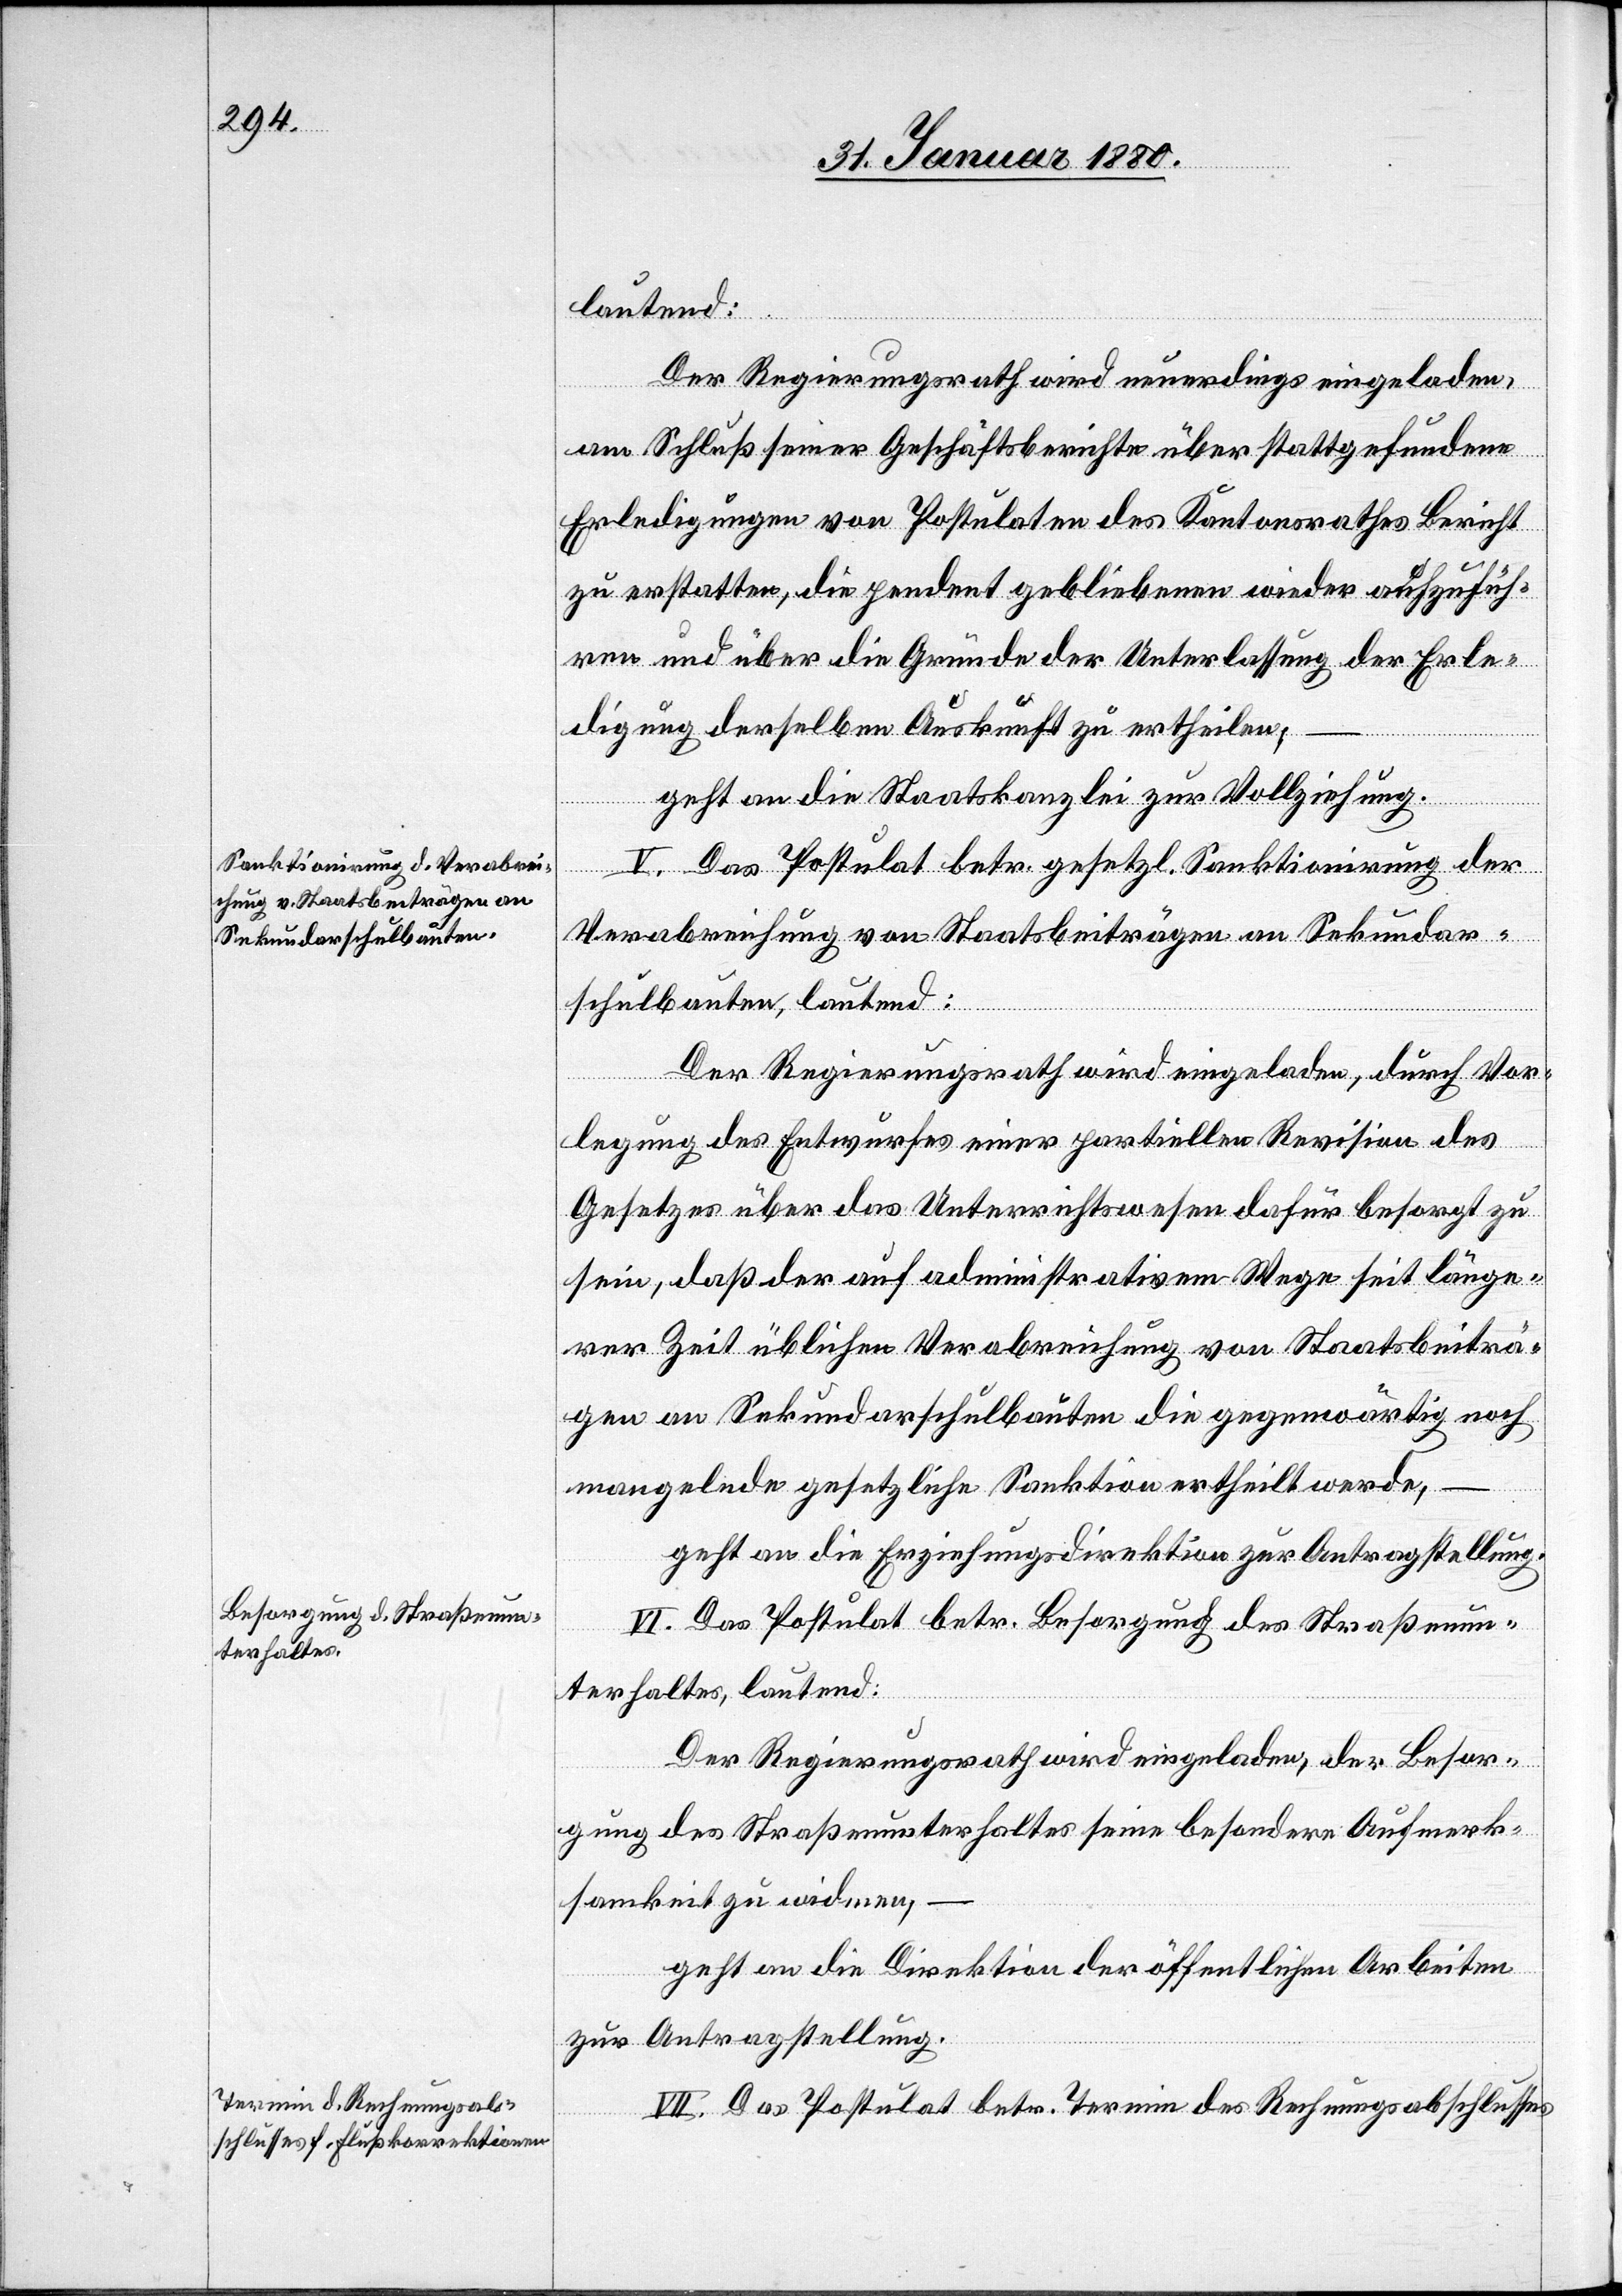
lautend:
Der Regierungsrath wird neuerdings eingeladen,
am Schluß seiner Geschäftsberichte über stattgefundene
Erledigung von Postulaten des Kantonsrathes Bericht
zu erstatten, die pendent gebliebenen wieder aufzufüh¬
ren und über die Gründe der Unterlassung der Erle¬
digung derselben Auskunft zu ertheilen,
geht an die Staatskanzlei zur Vollziehung.
V. Das Postulat betr. gesetzl. Sanktionirung der
Verabreichung von Staatsbeiträgen an Sekundar¬
schulbauten, lautend:
Der Regierungsrath wird eingeladen, durch Vor¬
legung des Entwurfes einer partiellen Revision des
Gesetzes über das Unterrichtswesen dafür besorgt zu
sein, daß der auf administrativem Wege seit länge¬
rer Zeit üblichen Verabreichung von Staatsbeiträ¬
gen an Sekundarschulbauten die gegenwärtig noch
mangelnde gesetzliche Sanktion ertheilt werde,
geht an die Erziehungsdirektion zur Antragstellung.
VI. Das Postulat betr. Besorgung des Straßenun¬
terhaltes, lautend:
Der Regierungsrath wird eingeladen, der Besor¬
gung des Straßenunterhaltes seine besondere Aufmerk¬
samkeit zu widmen,
geht an die Direktion der öffentlichen Arbeiten
zur Antragstellung.
VII. Das Postulat betr. Termin des Rechnungsabschlusses